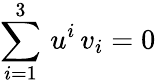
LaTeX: \sum_{i=1}^{3}\, u^{i}\, v_{i}=0